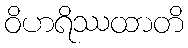
ဝိဟရိဿထာတိ